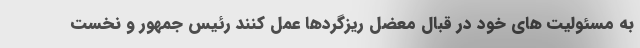
به مسئولیت های خود در قبال معضل ریزگردها عمل کنند رئیس جمهور و نخست